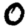
Digit: 0